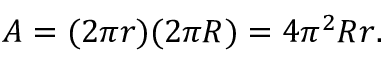
A = ( 2 \pi r ) ( 2 \pi R ) = 4 \pi ^ { 2 } R r .